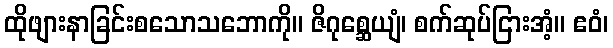
ထိုဖျားနာခြင်းစသောသဘောကို။ ဇိဂုစ္ဆေယျံ၊ စက်ဆုပ်ငြားအံ့။ ဧဝံ၊